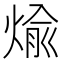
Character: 𪹊